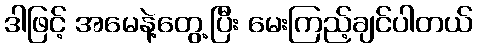
ဒါဖြင့် အမေနဲ့တွေ့ပြီး မေးကြည့်ချင်ပါတယ်